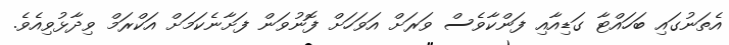
އެތަނުގައި ބަހައްޓާ ގަޑިއާއި ފަންކާވެސް ވަރަށް އަވަހަށް ފޮނުވަން ފަށާނެކަމަށް އަކްރަމް ވިދާޅުވިއެވެ.